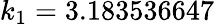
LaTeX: k_{1}=3.183536647